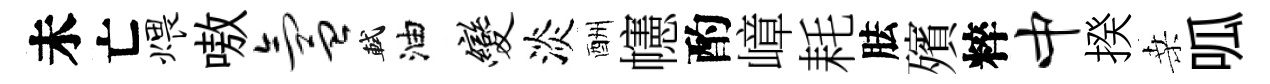
未亡煨嗷氲軾油变淡酬幰酌嶂耗胠殯粹中揆桑呱